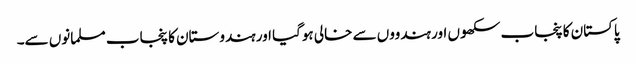
پاکستان کا پنجاب سکھوں اور ہندووں سے خالی ہوگیا اور ہندوستان کا پنجاب مسلمانوں سے۔